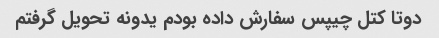
دوتا کتل چیپس سفارش داده بودم یدونه تحویل گرفتم